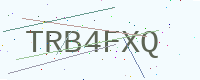
Text: TRB4FXQ